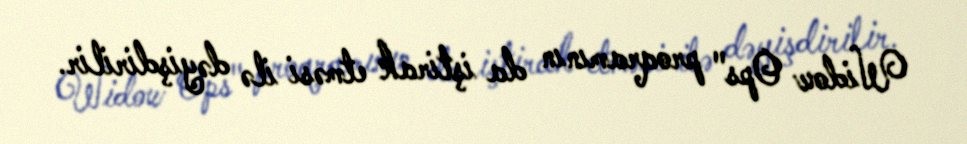
Widow Ops" proqramının da iştirak etməsi ilə dəyişdirilir.